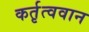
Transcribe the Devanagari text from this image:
कर्तृत्‍ववान